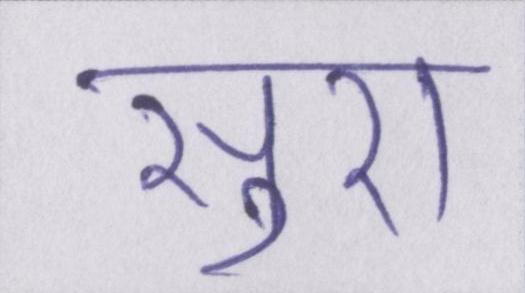
सुरा